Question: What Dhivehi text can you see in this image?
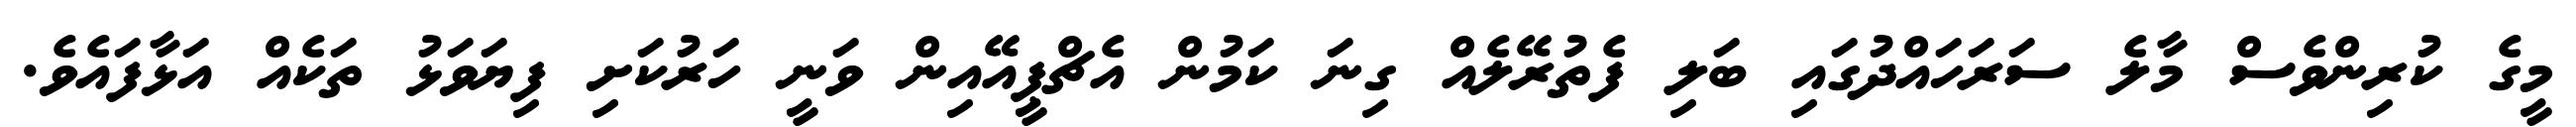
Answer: މީގެ ކުރިންވެސް މާލެ ސަރަހައްދުގައި ބަލި ފެތުރޭލެއް ގިނަ ކަމުން އެޗްޕީއޭއިން ވަނީ ހަރުކަށި ފިޔަވަޅު ތަކެއް އަޅާފައެވެ.